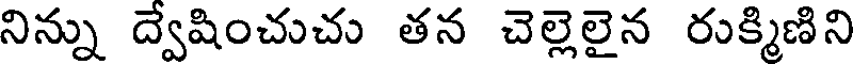
నిన్ను ద్వేషించుచు తన చెల్లెలైన రుక్మిణిని